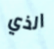
الذي